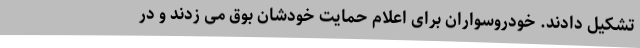
تشکیل دادند. خودروسواران برای اعلام حمایت خودشان بوق می زدند و در